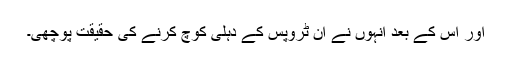
اور اس کے بعد انہوں نے اِن ٹروپس کے دہلی کوچ کرنے کی حقیقت پوچھی۔